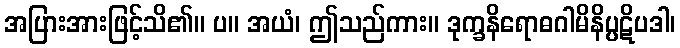
အပြားအားဖြင့်သိ၏။ ပ။ အယံ၊ ဤသည်ကား။ ဒုက္ခနိရောဓဂါမိနိပ္ပဋိပဒါ၊